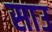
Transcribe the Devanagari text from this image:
साउ